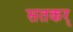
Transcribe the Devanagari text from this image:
सतकर्